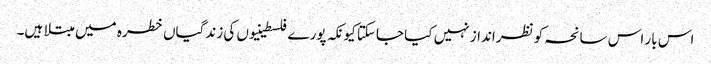
اس بار اس سانحہ کو نظرانداز نہیں کیا جاسکتا کیونکہ پورے فلسطینیوں کی زندگیاں خطرہ میں مبتلا ہیں۔